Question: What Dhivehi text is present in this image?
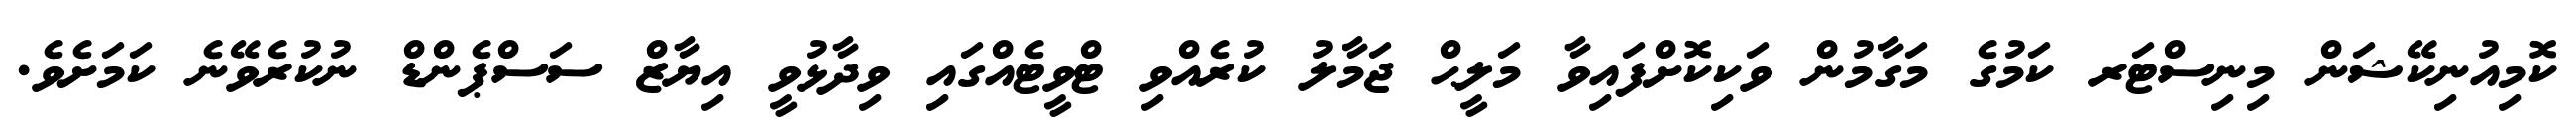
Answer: ކޮމިއުނިކޭޝަން މިނިސްޓަރ ކަމުގެ މަގާމުން ވަކިކޮށްފައިވާ މަލީޙް ޖަމާލު ކުރެއްވި ޓްވީޓެއްގައި ވިދާޅުވީ އިޔާޒް ސަސްޕެންޑް ނުކުރެވޭނެ ކަމަށެވެ.